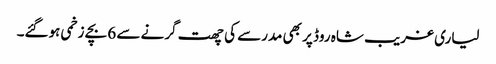
لیاری غریب شاہ روڈ پر بھی مدرسے کی چھت گرنے سے 6 بچے زخمی ہوگئے۔